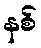
နစ်